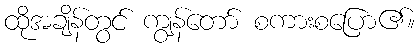
ထိုအချိန်တွင် ကျွန်တော် စကားစပြော၏။